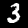
Digit: 3